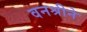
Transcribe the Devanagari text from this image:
वनश्रीने